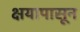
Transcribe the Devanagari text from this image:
क्षयापासून